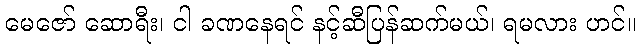
မေဇော် ဆောရီး၊ ငါ ခဏနေရင် နင့်ဆီပြန်ဆက်မယ်၊ ရမလား ဟင်။